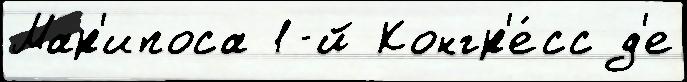
Мар'ипоса 1-й Конгр'е́сс д'е